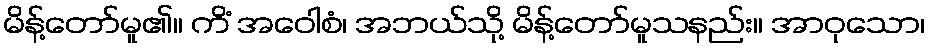
မိန့်တော်မူ၏။ ကိံ အဝေါစံ၊ အဘယ်သို့ မိန့်တော်မူသနည်း။ အာဝုသော၊